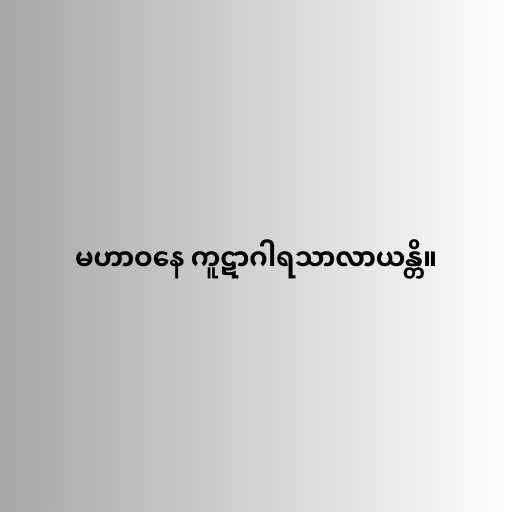
မဟာဝနေ ကူဋာဂါရသာလာယန္တိ။